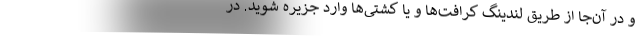
و در آن‌جا از طریق لندینگ کرافت‌ها و یا کشتی‌ها وارد جزیره شوید. در